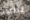
لماذا